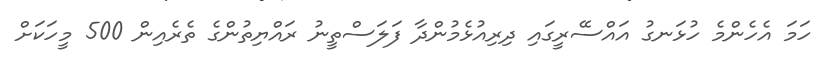
ހަމަ އެހެންމެ ހުޅަނގު އައްސޭރީގައި ދިރިއުޅެމުންދާ ފަލަސްތީނު ރައްޔިތުންގެ ތެރެއިން 500 މީހަކަށް